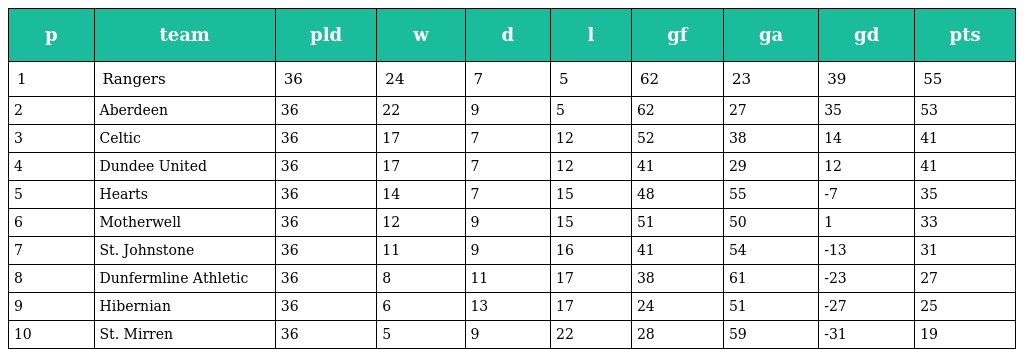
| p | team | pld | w | d | l | gf | ga | gd | pts |
 | --- | --- | --- | --- | --- | --- | --- | --- | --- | --- |
 | 1 | Rangers | 36 | 24 | 7 | 5 | 62 | 23 | 39 | 55 |
 | 2 | Aberdeen | 36 | 22 | 9 | 5 | 62 | 27 | 35 | 53 |
 | 3 | Celtic | 36 | 17 | 7 | 12 | 52 | 38 | 14 | 41 |
 | 4 | Dundee United | 36 | 17 | 7 | 12 | 41 | 29 | 12 | 41 |
 | 5 | Hearts | 36 | 14 | 7 | 15 | 48 | 55 | -7 | 35 |
 | 6 | Motherwell | 36 | 12 | 9 | 15 | 51 | 50 | 1 | 33 |
 | 7 | St. Johnstone | 36 | 11 | 9 | 16 | 41 | 54 | -13 | 31 |
 | 8 | Dunfermline Athletic | 36 | 8 | 11 | 17 | 38 | 61 | -23 | 27 |
 | 9 | Hibernian | 36 | 6 | 13 | 17 | 24 | 51 | -27 | 25 |
 | 10 | St. Mirren | 36 | 5 | 9 | 22 | 28 | 59 | -31 | 19 |